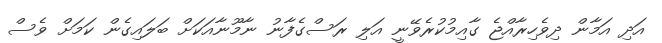
އަދި އަމާން ދިވެހިރާއްޖެ ގާއިމުކުރެވޭނީ އަލި ރަސްގެފާނު ނާމޫނާއަކަށް ބަލައިގެން ކަމަށް ވެސް